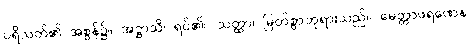
ပရိသတ်၏ အစွန်၌။ အဋ္ဌာသိ၊ ရပ်၏။ သတ္ထာ၊ မြတ်စွာဘုရားသည်။ မေတ္တာဖရဏေန၊